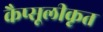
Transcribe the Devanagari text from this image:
कैप्सूलीकृत